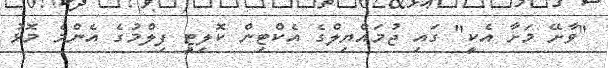
"ވާށޭ މަށާ އެކީ" ގައި ޖުމައްޔިލްގެ އެކްޓިން ކޮލިޓީ ފިލްމުގެ އެންމެ މޮޅު